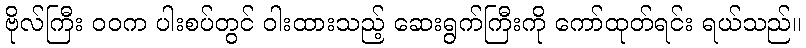
ဗိုလ်ကြီး ဝဝက ပါးစပ်တွင် ဝါးထားသည့် ဆေးရွက်ကြီးကို ကော်ထုတ်ရင်း ရယ်သည်။